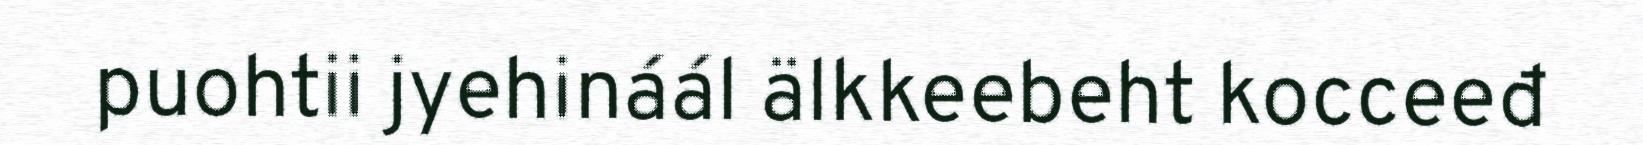
puohtii jyehináál älkkeebeht kocceeđ